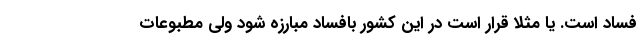
فساد است. یا مثلا قرار است در این کشور بافساد مبارزه شود ولی مطبوعات